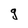
Character: g